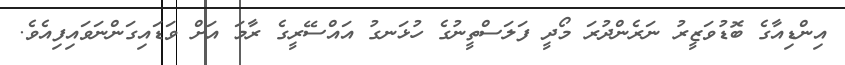
އިންޑިއާގެ ބޮޑުވަޒީރު ނަރެންދުރަ މޯދީ ފަލަސްތީނުގެ ހުޅަނގު އައްސޭރީގެ ރާމަ އަށް ވަޑައިގަންނަވައިފިއެވެ.